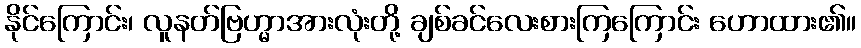
နိုင်ကြောင်း၊ လူနတ်ဗြဟ္မာအားလုံးတို့ ချစ်ခင်လေးစားကြကြောင်း ဟောထား၏။